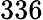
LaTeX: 336